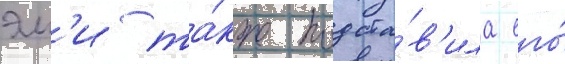
эм'и та́кже подста́в'ила его́